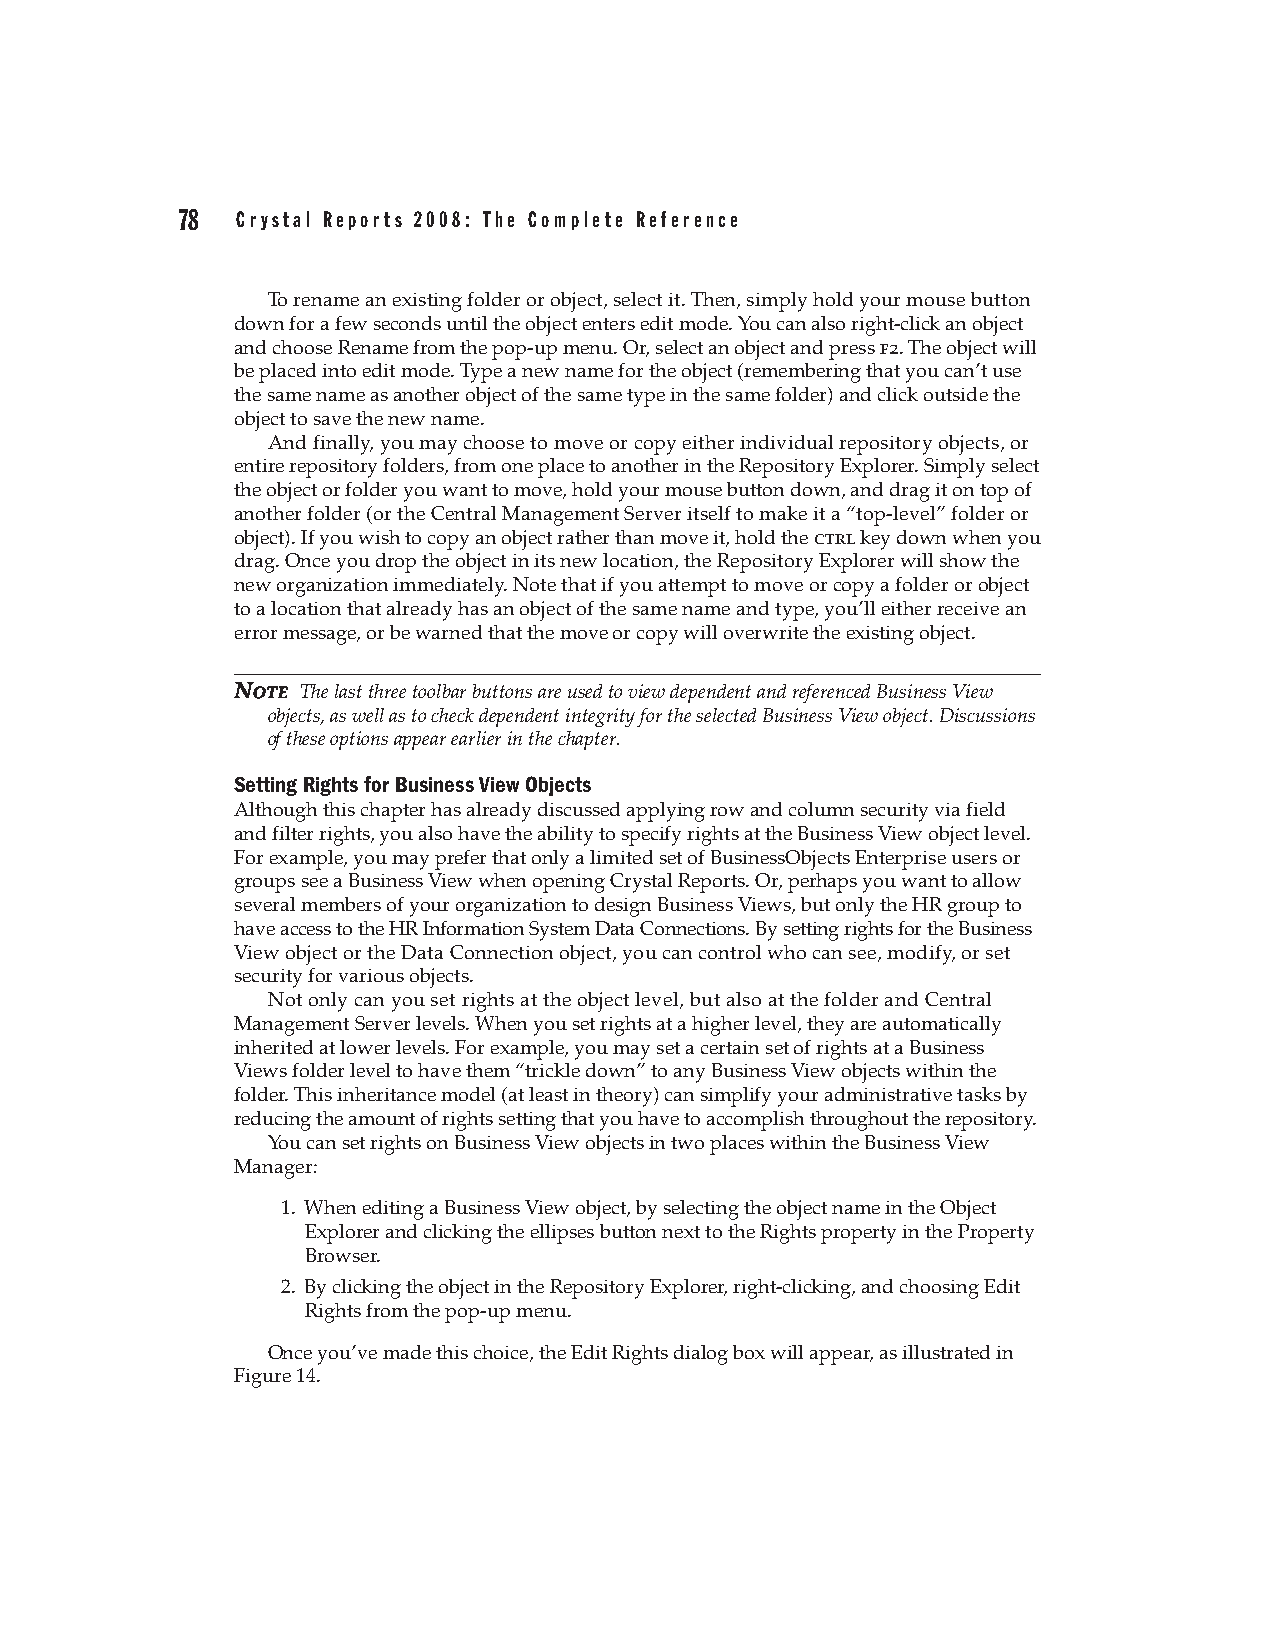
78  Crystal Reports 2008: The Complete Reference
 To rename an existing folder or object, select it. Then, simply hold your mouse button
 down for a few seconds until the object enters edit mode. You can also right-click an object
 and choose Rename from the pop-up menu. Or, select an object and press f2. The object will
 be placed into edit mode. Type a new name for the object (remembering that you can’t use
 the same name as another object of the same type in the same folder) and click outside the
 object to save the new name.
 And finally, you may choose to move or copy either individual repository objects, or
 entire repository folders, from one place to another in the Repository Explorer. Simply select
 the object or folder you want to move, hold your mouse button down, and drag it on top of
 another folder (or the Central Management Server itself to make it a “top-level” folder or
 object). If you wish to copy an object rather than move it, hold the ctrl key down when you
 drag. Once you drop the object in its new location, the Repository Explorer will show the
 new organization immediately. Note that if you attempt to move or copy a folder or object
 to a location that already has an object of the same name and type, you’ll either receive an
 error message, or be warned that the move or copy will overwrite the existing object.
 NNOOTTEE The last three toolbar buttons are used to view dependent and referenced Business View
 objects, as well as to check dependent integrity for the selected Business View object. Discussions
 of these options appear earlier in the chapter.
 Setting Rights for Business View Objects
 Although this chapter has already discussed applying row and column security via field
 and filter rights, you also have the ability to specify rights at the Business View object level.
 For example, you may prefer that only a limited set of BusinessObjects Enterprise users or
 groups see a Business View when opening Crystal Reports. Or, perhaps you want to allow
 several members of your organization to design Business Views, but only the HR group to
 have access to the HR Information System Data Connections. By setting rights for the Business
 View object or the Data Connection object, you can control who can see, modify, or set
 security for various objects.
 Not only can you set rights at the object level, but also at the folder and Central
 Management Server levels. When you set rights at a higher level, they are automatically
 inherited at lower levels. For example, you may set a certain set of rights at a Business
 Views folder level to have them “trickle down” to any Business View objects within the
 folder. This inheritance model (at least in theory) can simplify your administrative tasks by
 reducing the amount of rights setting that you have to accomplish throughout the repository.
 You can set rights on Business View objects in two places within the Business View
 Manager:
 1. When editing a Business View object, by selecting the object name in the Object
 Explorer and clicking the ellipses button next to the Rights property in the Property
 Browser.
 2. By clicking the object in the Repository Explorer, right-clicking, and choosing Edit
 Rights from the pop-up menu.
 Once you’ve made this choice, the Edit Rights dialog box will appear, as illustrated in
 Figure 14.